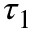
\tau _ { 1 }